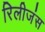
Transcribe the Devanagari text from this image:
रिलीजंस